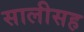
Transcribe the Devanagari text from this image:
सालीसह